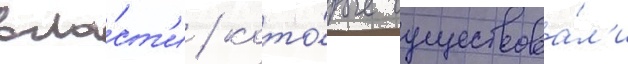
вла́ст'и / кото́рые существова́л'и